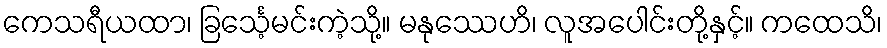
ကေသရီယထာ၊ ခြင်္သေ့မင်းကဲ့သို့။ မနုဿေဟိ၊ လူအပေါင်းတို့နှင့်။ ကထေသိ၊